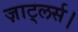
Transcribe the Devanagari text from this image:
ज़ाट्लर्स।